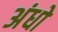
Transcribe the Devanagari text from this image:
अंधो